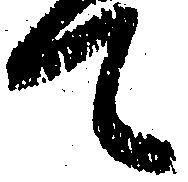
て